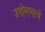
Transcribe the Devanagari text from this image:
उपोषणाचे